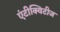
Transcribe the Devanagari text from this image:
एंटीक्विटीज